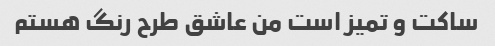
ساکت و تمیز است من عاشق طرح رنگ هستم